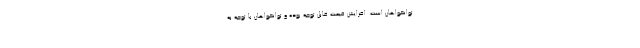
توانخواهان است. افزایش قیمت قابل توجه بوده و توانخواهان با توجه به